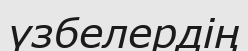
үзбелердің